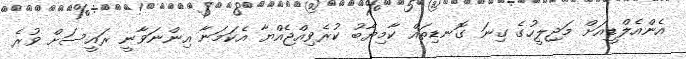
އެންއެލްޑީއަށް މަޖިލީހުގެ ގިނަ ގޮނޑިތައް ކާމިޔާބު ކުރެވިއްޖެއްޔާ އެކަމަނާ އިންނަވާނީ ރައީސަށް ވުރެ